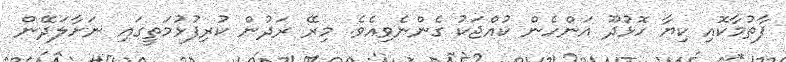
ފާތުމާކޮއި ކިޔާ ހޮޅުދޫ އަންހެން ކުއްޖަކު ގެންނެވިއެވެ. މިރޭ ރަދުން ކުރިފުޅުމަތީގައި ނަށާލަދޭން